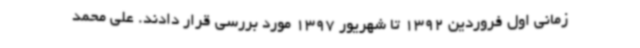
زمانی اول فروردین 1392 تا شهریور 1397 مورد بررسی قرار دادند. علی محمد